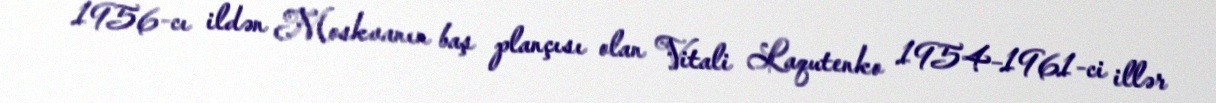
1956-cı ildən Moskvanın baş plançısı olan Vitali Laqutenko 1954–1961-ci illər